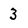
Character: 3